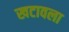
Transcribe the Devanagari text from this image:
खटावला